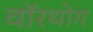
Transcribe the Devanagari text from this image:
वॉरथोग